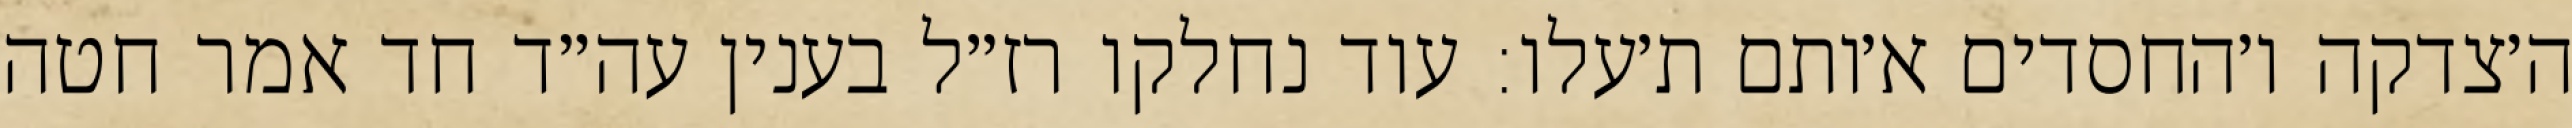
ה׳צדקה ו׳החסדים א׳ותם ת׳עלו: עוד נחלקו רז״ל בענין עה״ד חד אמר חטה